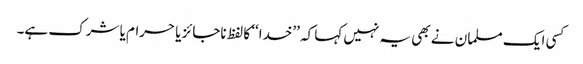
کسی ایک مسلمان نے بھی یہ نہیں کہا کہ ’’خدا‘‘ کا لفظ ناجائز یا حرام یا شرک ہے۔